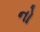
નો